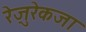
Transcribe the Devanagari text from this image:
रेज़ुरेकजा